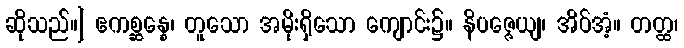
ဆိုသည်။] ဧကစ္ဆန္နေ၊ တူသော အမိုးရှိသော ကျောင်း၌။ နိပဇ္ဇေယျ၊ အိပ်အံ့။ တတ္ထ၊